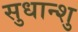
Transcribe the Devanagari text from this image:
सुधान्शु